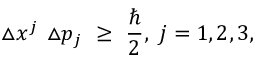
\triangle x ^ { j } \ \triangle p _ { j } \ \geq \ \frac { \hbar } { 2 } , \ j = 1 , 2 , 3 ,